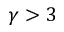
\gamma > 3